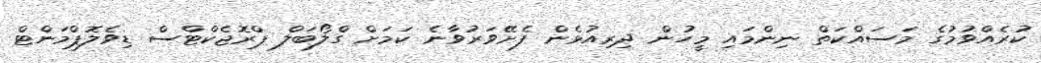
ކުރެއްވުމުގެ މަސައްކަތް ނިންމައި މީހުން ދިރިއުޅެން ފެށޭވަރުވާނެ ކަމަށް ގްލޯބަލް ޕްރޮޖެކްޓްސް ޑިވެލޮޕްމަންޓް